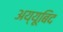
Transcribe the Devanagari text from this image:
अय्यूबिद